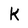
Character: K